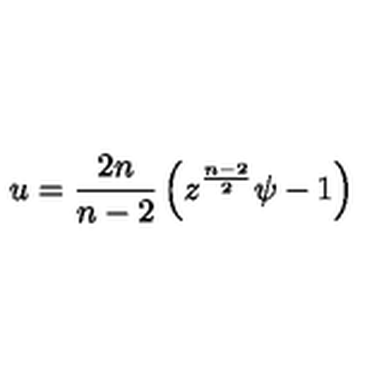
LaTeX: u = { \frac { 2 n } { n - 2 } } \left( z ^ { \frac { n - 2 } { 2 } } \psi - 1 \right)